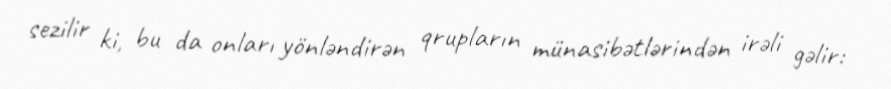
sezilir ki, bu da onları yönləndirən qrupların münasibətlərindən irəli gəlir: